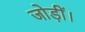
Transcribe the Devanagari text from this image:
जोड़ीं।